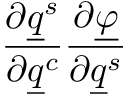
\frac { \partial \underline { { q } } ^ { s } } { \partial \underline { { q } } ^ { c } } \frac { \partial \underline { { \varphi } } } { \partial \underline { { q } } ^ { s } }